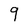
Character: 9